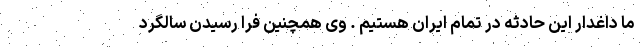
ما داغدار این حادثه در تمام ایران هستیم . وی همچنین فرا رسیدن سالگرد